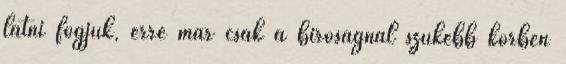
látni fogjuk, erre már csak a bíróságnál szűkebb körben